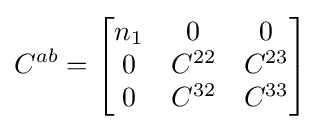
C^{ab}={\begin{bmatrix}n_{1}&0&0\\0&C^{22}&C^{23}\\0&C^{32}&C^{33}\end{bmatrix}}